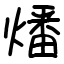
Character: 燔